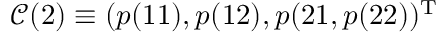
\mathcal { C } ( 2 ) \equiv ( p ( 1 1 ) , p ( 1 2 ) , p ( 2 1 , p ( 2 2 ) ) ^ { \mathrm { T } }